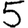
Digit: 5